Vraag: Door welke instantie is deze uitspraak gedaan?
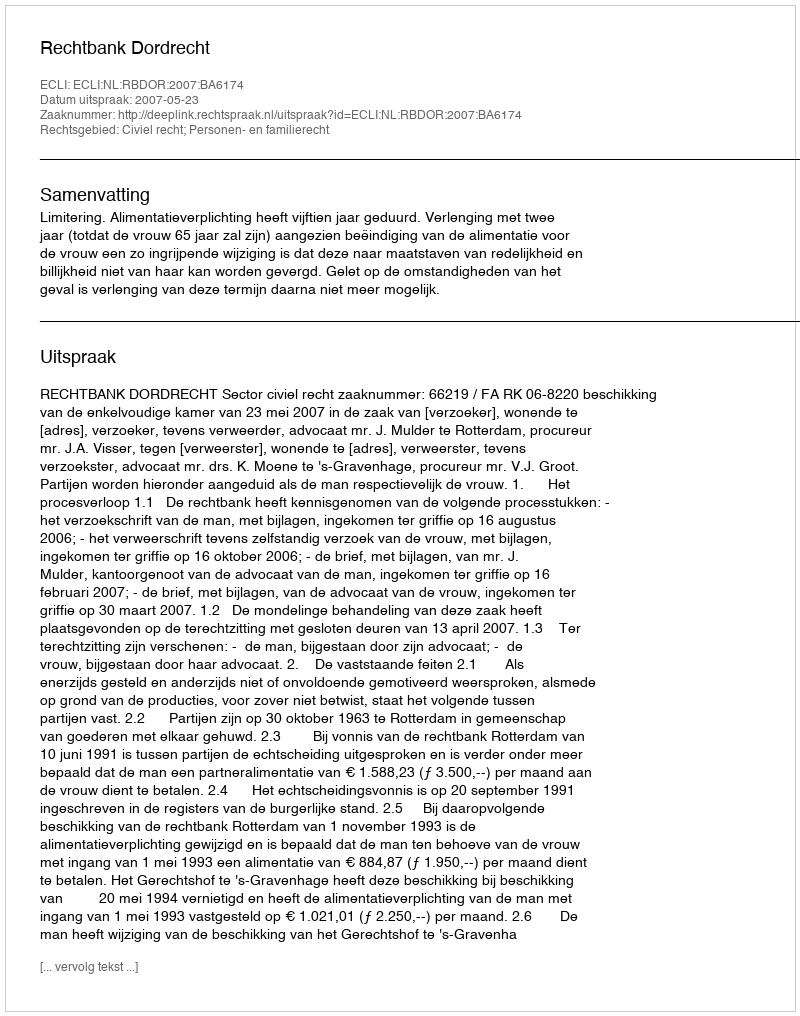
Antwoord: Rechtbank Dordrecht